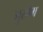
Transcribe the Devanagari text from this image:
मुखॆम